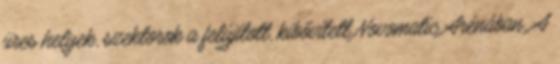
üres helyek, szektorok a felújított, kibővített Novomatic Arénában. A